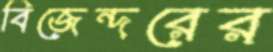
বিজেন্দরের